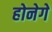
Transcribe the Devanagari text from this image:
होनेगे